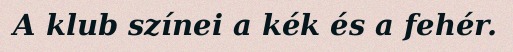
A klub színei a kék és a fehér.